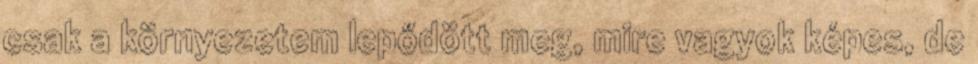
csak a környezetem lepődött meg, mire vagyok képes, de